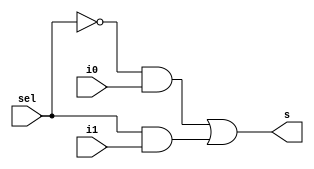
module muxx(i0, i1, sel, s);

input i0, i1, sel;
output reg s;

always@(*)
begin
	s = (((~sel) & i0) | (sel & (i1)));
end

endmodule